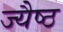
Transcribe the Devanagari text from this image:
ज्यैष्ठ